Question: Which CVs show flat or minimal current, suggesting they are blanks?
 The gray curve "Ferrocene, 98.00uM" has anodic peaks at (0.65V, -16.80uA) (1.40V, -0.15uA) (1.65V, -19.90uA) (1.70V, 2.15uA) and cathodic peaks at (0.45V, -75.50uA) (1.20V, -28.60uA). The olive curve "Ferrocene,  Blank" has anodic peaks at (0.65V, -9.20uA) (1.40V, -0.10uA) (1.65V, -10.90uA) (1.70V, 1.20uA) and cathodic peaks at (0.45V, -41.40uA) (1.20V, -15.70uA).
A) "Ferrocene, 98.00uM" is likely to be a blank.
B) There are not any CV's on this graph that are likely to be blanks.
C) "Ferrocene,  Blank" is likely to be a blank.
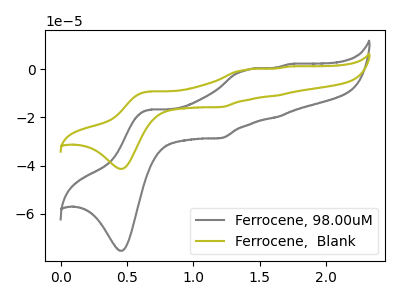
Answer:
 <answer>B) There are not any CV's on this graph that are likely to be blanks.</answer>
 <eval>B</eval>